Reports on military cantonments and civil stations in the Presidency of Bombay inspected by the Sanitary Commissioner in the years 1875 and 1876
Year: 1875
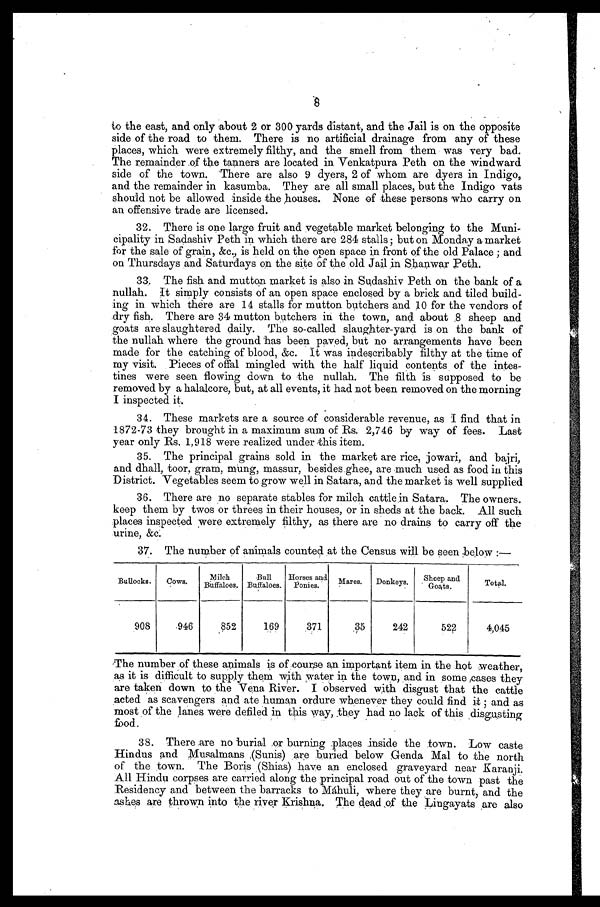
8
to the east, and only about 2 or 300 yards distant, and the Jail is on the opposite
side of the road to them. There is no artificial drainage from any of these
places, which were extremely filthy, and the smell from them was very bad.
The remainder of the tanners are located in Venkatpura Peth on the windward
side of the town. There are also 9 dyers, 2 of whom are dyers in Indigo,
and the remainder in kasumba. They are all small places, but the Indigo vats
should not be allowed inside the houses. None of these persons who carry on
an offensive trade are licensed.
32. There is one large fruit and vegetable market belonging to the Muni
- c i p a l i t y i n S a d a s h i v P e t h i n w h i c h t h e r e a r e 2 8 4 s t a l l s ; b u t o n M o n d a y a m a r k e t
for the sale of grain, &c., is held on the open space in front of the old Palace; and
on Thursdays and Saturdays on the site of the old Jail in Shanwar Peth.
33. The fish and mutton market is also in Sudashiv Peth on the bank of a
nullah. It simply consists of an open space enclosed by a brick and tiled build
- i n g i n w h i c h t h e r e a r e 1 4 s t a l l s f o r m u t t o n b u t c h e r s a n d1
0
f o r t h e v e n d o r s o f
dry fish. There are 34 mutton butchers in the town, and about 8 sheep and
goats are slaughtered daily. The so-called slaughter-yard is on the bank of
the nullah where the ground has been paved, but no arrangements have been
made for the catching of blood, &c. It was indescribably filthy at the time of
my visit. Pieces of offal mingled with the half liquid contents of the intes
- t i n e s w e r e s e e n f l o w i n g d o w n t o t h e n u l l a h . T h e f i l t h i s s u p p o s e d t o b e
removed by a halalcore, but, at all events, it had not been removed on the morning
I inspected it.
34. These markets are a source of considerable revenue, as I find that in
1872-73 they brought in a maximum sum of Rs. 2,746 by way of fees. Last
year only Rs. 1,918 were realized under this item.
35. The principal grains sold in the market are rice, jowari, and bajri,
and dhall, toor, gram, mung, massur, besides ghee, are much used as food in this
District. Vegetables seem to grow well in Satara, and the market is well supplied
36. There are no separate stables for milch cattle in Satara. The owners.
keep them by twos or threes in their houses, or in sheds at the back. All such
places inspected were extremely filthy, as there are no drains to carry off the
urine, &c.
3 7 . T h e n u m b e r o f a n i m a l s c o u n t e d a t t h e C e n s u s w i l l b e s e e n b e l o w : —
Bullocks.
COWS.
Mi l ch Buf f al oes .
Bull
Buffaloes.
Horses and
Ponies.
Mares. Donkeys. Sheep and
Goats.
T o t a l .
908
946
852
169
371
35
242
522
4,045
The number of these animals is of course an important item in the hot weather,
as it is difficult to supply them with water in the town, and in some cases they
are taken down to the Vena River. I observed with disgust that the cattle
acted as scavengers and ate human ordure whenever they could find it; and as
most of the lanes were defiled in this way, they had no lack of this disgusting
food .
38. There are no burial or burning places inside the town. Low caste
Hindus and Musalmans (Sunis) are buried below Genda Mal to the north
of the town. The Boris . (Shins) have an enclosed graveyard near Karanji.
All Hindu corpses are carried along the principal road out of the town past the
Residency and between the barracks to Máhuli, where they are burnt, and the
ashes are thrown into the river Krishna. The dead of the Lingayats are also